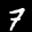
Label: 7